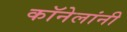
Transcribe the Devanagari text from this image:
कॉनेलांनी